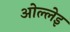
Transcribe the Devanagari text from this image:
ओल्लेइ